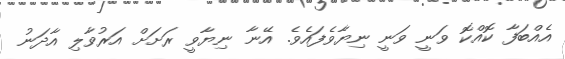
އެއްބަފާ ކޮއްކޮ ވަނީ ވަނީ ނިޔާވެފައެވެ. އޭނާ ނިޔާވީ ރަށަށް އަރުވާލި އާދަނު